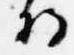
将